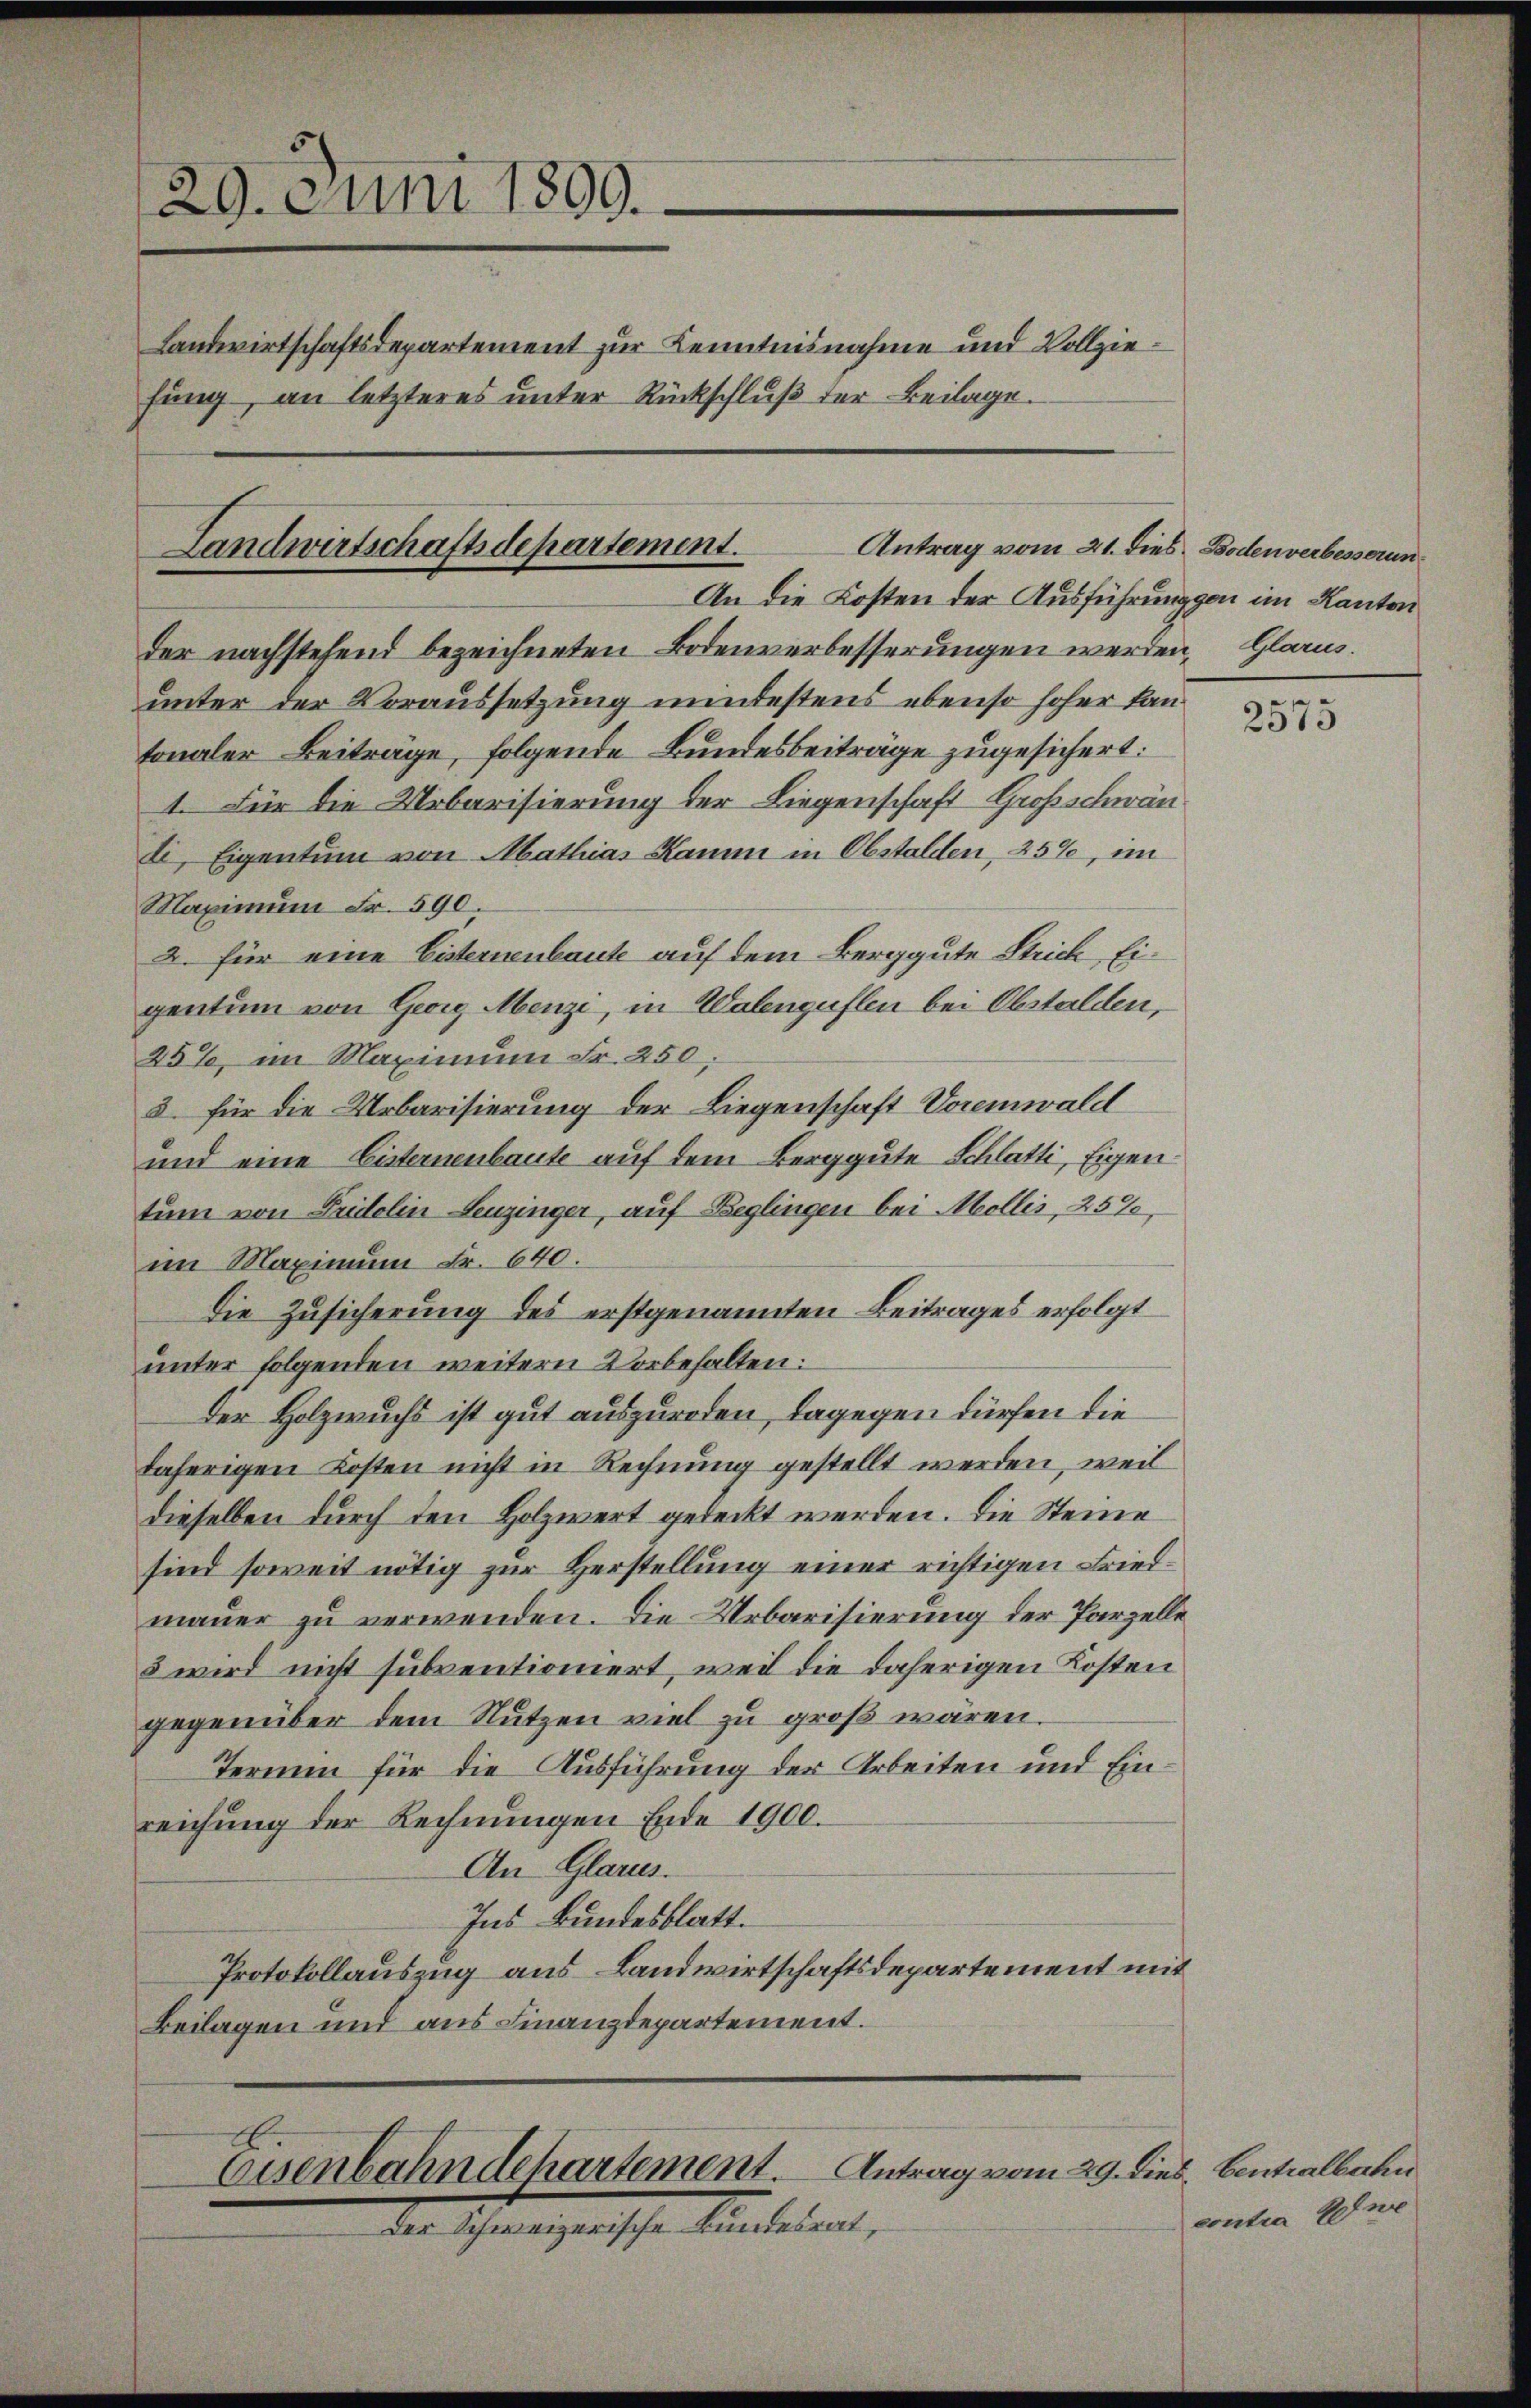
29. Juni 1809.
Landwirtschaftsdepartement zur Kenntnisnahme und Vollziefung, an letzteres unter Rückschluß der Beilage.

Landwirtschaftsdepartement.
Antrag vom 21. dies. Bodenverbesserun
An die Kosten der Ausführung von im Kanton

der nachstehend bezeichneten Bodenverbesserungen werden, Glarus.
unter der Voraussetzung mindestens ebenso hoher kantonaler Beiträge, folgende Bundesbeiträge zugesichert:
1. Für die Urbarisierung der Liegenschaft Großschwän
li, Eigentum von Mathias Kamm in Obstalden, 25%, im
Maximum Fr. 590
2. für eine Eisternenbaute auf dem Berggute Strich, Eigentum von Georg Menzi, in Walenguflen bei Abstalden,
25%, im Maximum Fr. 250.
2 für die Urbarisierung der Liegenschaft Voremwald
und eine Eisternenbaute auf dem Berggute Schlatti, Eigen
tum von Fridolin Leuzinger, auf Beglingen bei Mollis, 257,
im Maximum Fr. 640.
Die Zusicherung des erstgenannten Beitrages erfolgt
unter folgenden weitern Vorbehalten:
Der Holzwuchs ist gut auszureden, dagegen dürfen die
daherigen Kosten nicht in Rechnung gestellt werden, weil
dieselben durch den Holzwert gedeckt werden. Die Steine
sind soweit nötig zur Herstellung einer richtigen Friedmauer zu verwenden. Die Urbarisierung der Parzelle
5 wird nicht subventioniert, weil die daherigen Kosten
gegenüber dem Nutzen viel zu groß wären.
Termin für die Ausführung der Arbeiten und Einreichung der Rechnungen Ende 1900.
An Glarus.
Ins Bundesblatt.
Protokollauszug aus Landwirtschaftsdepartement mit
Beilagen und aus Finanzdepartement.
Eisenbahn dchartement. Antrag vom 29. dies. Centralbahn
Der Schweizerische Bundesrat,

.
2575

contra En